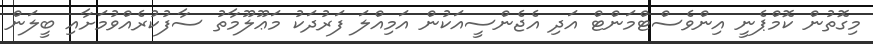
މިގޮތުން ކޮމްޕެނީ އިންވެސްޓްމަންޓް އަދި އެޖެންސީއަކުން އަމިއްލަ ފަރުދަކު މަޢޫލޫމާތު ސާފުކުރެއްވުމަށާއި ބީލަން